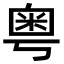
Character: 粤